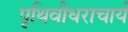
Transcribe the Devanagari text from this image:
पृथिवीधराचार्य